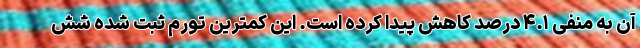
آن به منفی ۴.۱ درصد کاهش پیدا کرده است. این کمترین تورم ثبت شده شش